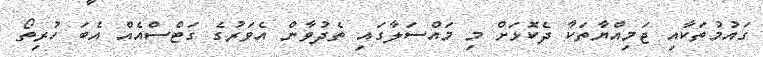
ގައުމުތަކާއި ޖަމިއްޔާތަކާ ދެކޮޅަށް މި މައްސަލާގައި ތެދުވާން އެވަރުގެ ގަޓްސްއެއް އެބަ ހުރިތޯ